Indian journal of veterinary science and animal husbandry - Volume 3,
Year: 1933
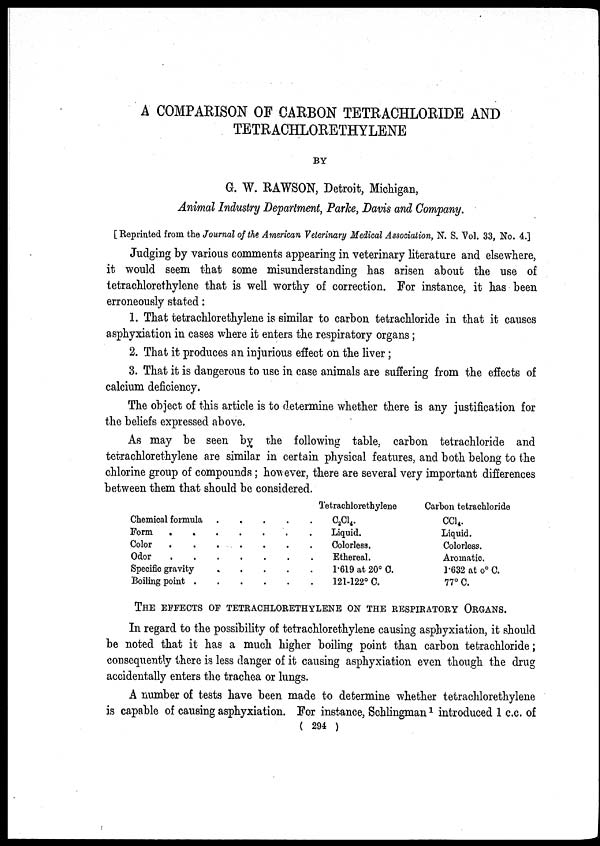
A COMPARISON OF CARBON TETRACHLORIDE AND
TETRACHLORETHYLENE
BY
G. W. RAWSON, Detroit, Michigan,
Animal Industry Department, Parke, Davis and Company.
[Reprinted from the Journal of the American Veterinary Medical Association, N. S. Vol. 33, No. 4.]
Judging by various comments appearing in veterinary literature and elsewhere,
it would seem that some misunderstanding has arisen about the use of
tetrachlorethylene that is well worthy of correction. For instance, it has been
erroneously stated:
1. That tetrachlorethylene is similar to carbon tetrachloride in that it causes
asphyxiation in cases where it enters the respiratory organs;
2. That it produces an injurious effect on the liver;
3. That it is dangerous to use in case animals are suffering from the effects of
calcium deficiency.
The object of this article is to determine whether there is any justification for
the beliefs expressed above.
As may be seen by the following table, carbon tetrachloride and
tetrachlorethylene are similar in certain physical features, and both belong to the
chlorine group of compounds; however, there are several very important differences
between them that should be considered.
Chemical formula
.
.
.
.
.
Form . . . . . . .
Color . . . . . . .
Odor . . . . . . .
Specific gravity
.
.
.
.
.
.
Boiling point . . . . . . .
Tetrachlorethylene
C 2 Cl 4 .
Liquid.
Colorless.
Ethereal.
1.619 at 20° C.
121-122° C.
Carbon tetrachloride
CCl 4 .
Liquid.
Colorless.
Aromatic.
1.632 at o° C.
77° C.
THE EFFECTS OF TETRACHLORETHYLENE ON THE RESPIRATORY ORGANS.
In regard to the possibility of tetrachlorethylene causing asphyxiation, it should
be noted that it has a much higher boiling point than carbon tetrachloride;
consequently there is less danger of it causing asphyxiation even though the drug
accidentally enters the trachea or lungs.
A number of tests have been made to determine whether tetrachlorethylene
is capable of causing asphyxiation. For instance, Schlingman 1 introduced 1 c.c. of
( 294 )